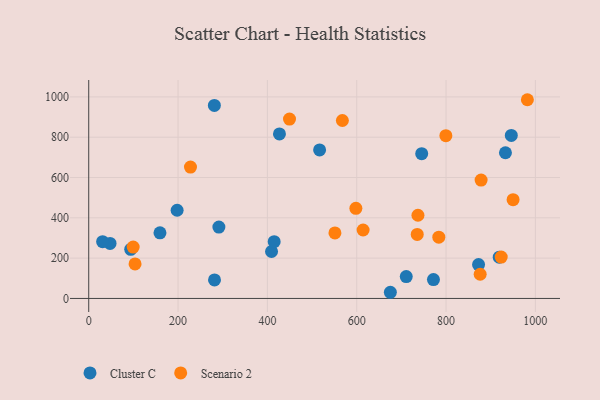
{"axis": {"x": "Investment", "y": "Salary"}, "legend": ["Cluster C", "Scenario 2"], "data": [{"x": "946.1", "y": 808.8, "type": "Cluster C"}, {"x": "710.9", "y": 108.7, "type": "Cluster C"}, {"x": "47.7", "y": 272.9, "type": "Cluster C"}, {"x": "516.9", "y": 737.0, "type": "Cluster C"}, {"x": "159.5", "y": 325.6, "type": "Cluster C"}, {"x": "281.3", "y": 957.6, "type": "Cluster C"}, {"x": "919.1", "y": 204.7, "type": "Cluster C"}, {"x": "745.5", "y": 718.5, "type": "Cluster C"}, {"x": "281.6", "y": 92.1, "type": "Cluster C"}, {"x": "675.3", "y": 30.6, "type": "Cluster C"}, {"x": "409.3", "y": 232.9, "type": "Cluster C"}, {"x": "872.8", "y": 167.8, "type": "Cluster C"}, {"x": "415.2", "y": 281.6, "type": "Cluster C"}, {"x": "94.0", "y": 243.8, "type": "Cluster C"}, {"x": "427.0", "y": 816.3, "type": "Cluster C"}, {"x": "31.1", "y": 281.8, "type": "Cluster C"}, {"x": "933.0", "y": 722.8, "type": "Cluster C"}, {"x": "291.4", "y": 354.3, "type": "Cluster C"}, {"x": "197.9", "y": 437.7, "type": "Cluster C"}, {"x": "771.8", "y": 93.6, "type": "Cluster C"}, {"x": "950.1", "y": 490.2, "type": "Scenario 2"}, {"x": "735.5", "y": 317.5, "type": "Scenario 2"}, {"x": "876.4", "y": 120.0, "type": "Scenario 2"}, {"x": "567.9", "y": 882.9, "type": "Scenario 2"}, {"x": "878.5", "y": 587.1, "type": "Scenario 2"}, {"x": "923.5", "y": 205.1, "type": "Scenario 2"}, {"x": "227.8", "y": 651.7, "type": "Scenario 2"}, {"x": "737.1", "y": 412.9, "type": "Scenario 2"}, {"x": "982.1", "y": 986.0, "type": "Scenario 2"}, {"x": "103.7", "y": 171.3, "type": "Scenario 2"}, {"x": "614.3", "y": 339.7, "type": "Scenario 2"}, {"x": "799.6", "y": 807.5, "type": "Scenario 2"}, {"x": "783.8", "y": 303.9, "type": "Scenario 2"}, {"x": "598.1", "y": 446.9, "type": "Scenario 2"}, {"x": "449.5", "y": 889.9, "type": "Scenario 2"}, {"x": "99.5", "y": 254.8, "type": "Scenario 2"}, {"x": "551.2", "y": 325.2, "type": "Scenario 2"}]}